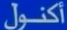
أكنول